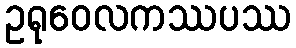
ဥရုဝေလကဿပဿ